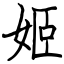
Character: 姬